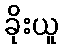
ခိုးယူ